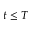
t \le T